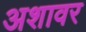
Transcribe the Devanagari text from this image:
अशावर